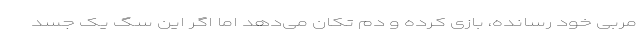
مربی خود رسانده، بازی کرده و دم تکان می‌دهد اما اگر این سگ یک جسد